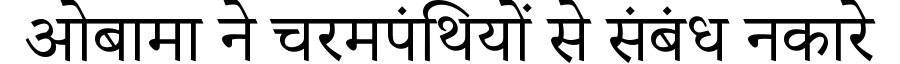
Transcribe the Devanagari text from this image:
ओबामा ने चरमपंथियों से संबंध नकारे